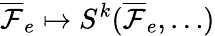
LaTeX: \overline{\mathcal{F}}_{e}\mapsto S^{k}(\overline{\mathcal{F}}_{e},\dots)